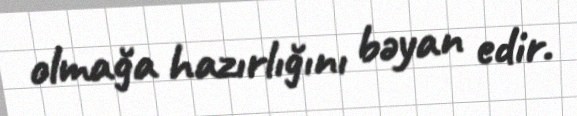
olmağa hazırlığını bəyan edir.